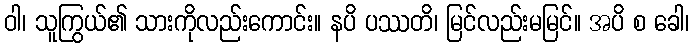
ဝါ၊ သူကြွယ်၏ သားကိုလည်းကောင်း။ နပိ ပဿတိ၊ မြင်လည်းမမြင်။ အပိ စ ခေါ၊